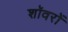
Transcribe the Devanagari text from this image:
शॉवरों